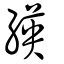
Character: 緓